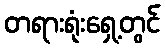
တရားရုံးရှေ့တွင်